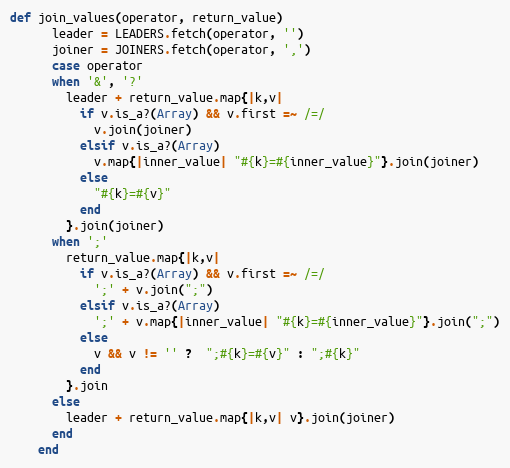
Language: Ruby
def join_values(operator, return_value)
      leader = LEADERS.fetch(operator, '')
      joiner = JOINERS.fetch(operator, ',')
      case operator
      when '&', '?'
        leader + return_value.map{|k,v|
          if v.is_a?(Array) && v.first =~ /=/
            v.join(joiner)
          elsif v.is_a?(Array)
            v.map{|inner_value| "#{k}=#{inner_value}"}.join(joiner)
          else
            "#{k}=#{v}"
          end
        }.join(joiner)
      when ';'
        return_value.map{|k,v|
          if v.is_a?(Array) && v.first =~ /=/
            ';' + v.join(";")
          elsif v.is_a?(Array)
            ';' + v.map{|inner_value| "#{k}=#{inner_value}"}.join(";")
          else
            v && v != '' ?  ";#{k}=#{v}" : ";#{k}"
          end
        }.join
      else
        leader + return_value.map{|k,v| v}.join(joiner)
      end
    end